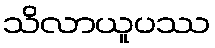
သိလာယူပဿ